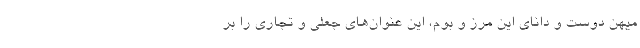
میهن دوست و دانای این مرز و بوم، این عنوان‌های جعلی و تجاری را بر